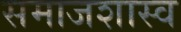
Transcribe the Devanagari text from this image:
समाजशास्व